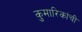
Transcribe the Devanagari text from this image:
कुमारिकांची